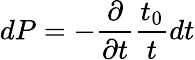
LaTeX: dP=-\frac{\partial}{\partial t}\frac{t_{0}}{t}dt